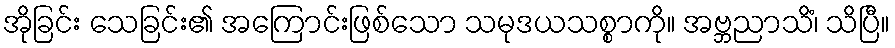
အိုခြင်း သေခြင်း၏ အကြောင်းဖြစ်သော သမုဒယသစ္စာကို။ အဗ္ဘညာသိံ၊ သိပြီ။